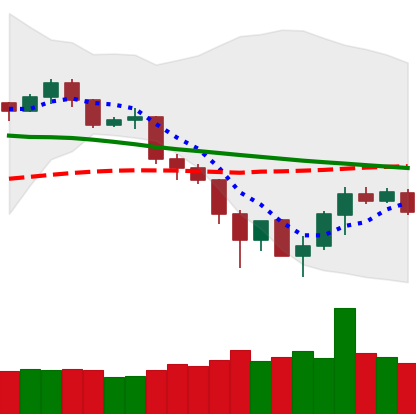
Ticker: TRX-USD
Chart end date: 2019-11-30
Forward return: -5.798%
Label: down_5_7